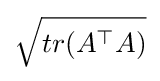
{\sqrt {tr(A^{\top }A)}}